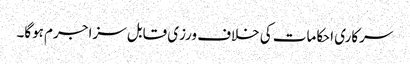
سرکاری احکامات کی خلاف ورزی قابل سزا جرم ہوگا۔